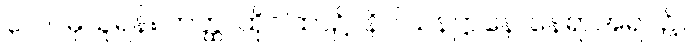
၃၊ ၁။ မှယူရန်။ တတ္ထ၊ ထိုဂါထာ၌။ နိဝါသနဋ္ဌာနေ၊ နေရာအရပ်၌။